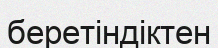
беретіндіктен